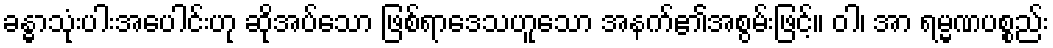
ခန္ဓာသုံးပါးအပေါင်းဟု ဆိုအပ်သော ဖြစ်ရာဒေသဟူသော အနက်၏အစွမ်းဖြင့်။ ဝါ၊ အာ ရမ္မဏပစ္စည်း